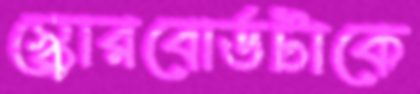
স্কোরবোর্ডটাকে